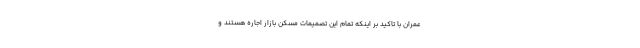
عمران با تاکید بر اینکه تمام این تصمیمات مُسکن بازار اجاره هستند و